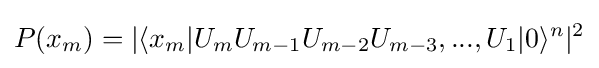
P(x_{m})=|\langle x_{m}|U_{m}U_{m-1}U_{m-2}U_{m-3},...,U_{1}|0\rangle ^{n}|^{2}